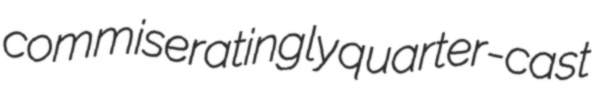
commiseratingly quarter-cast